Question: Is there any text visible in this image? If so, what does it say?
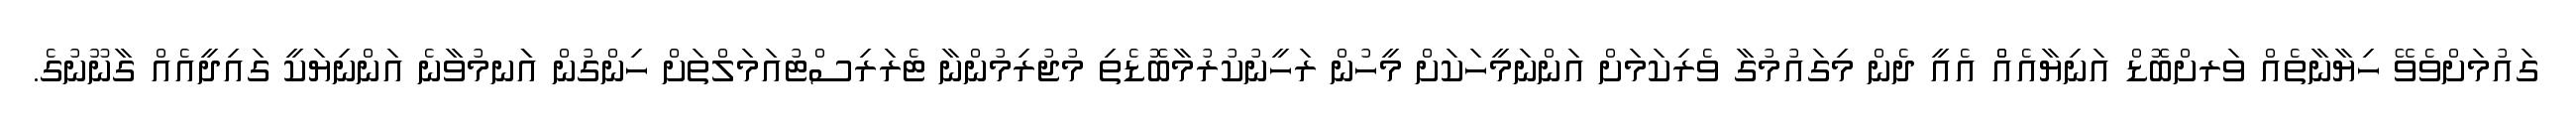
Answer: ގައުމަށްވެވޭ ހިޔާނާތެއް ވަރށްބޮޑް އަނިޔާއެއްް އެއީ ދެން މިގައުމުގާ ވެރިކަމަށް އަންނަމީހަކަށް މީހުން ރަހީނުކުރުމާބޮޑެތި މުޖުރިމުންނާ ޓެރަރިސްޓުއަމަލްތަށް ހިންގުން އަަނމުވާނެ އަންނިޔަކީ ގައިދީއެއް ގާނޫނުގެ.